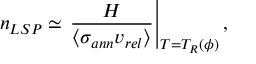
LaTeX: n _ { L S P } \simeq \left. \frac { H } { \langle \sigma _ { a n n } v _ { r e l } \rangle } \right| _ { T = T _ { R } ( \phi ) } ,